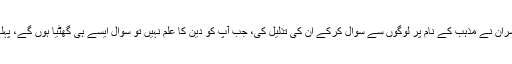
‘ان کا کہنا ہے کہ ریٹرننگ افسران نے مذہب کے نام پر لوگوں سے سوال کرکے ان کی تذلیل کی، جب آپ کو دین کا علم نہیں تو سوال ایسے ہی گھٹیا ہوں گے، پہلے خود دین کا علم حاصل کرو۔